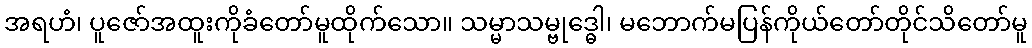
အရဟံ၊ ပူဇော်အထူးကိုခံတော်မူထိုက်သော။ သမ္မာသမ္ဗုဒ္ဓေါ၊ မဘောက်မပြန်ကိုယ်တော်တိုင်သိတော်မူ